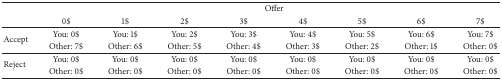
|  | <COLSPAN=8> Offer |
 |  | 0$ | 1$ | 2$ | 3$ | 4$ | 5$ | 6$ | 7$ |
 | --- | --- | --- | --- | --- | --- | --- | --- | --- |
 | <ROWSPAN=2> Accept | You: 0$ | You: 1$ | You: 2$ | You: 3$ | You: 4$ | You: 5$ | You: 6$ | You: 7$ |
 | Other: 7$ | Other: 6$ | Other: 5$ | Other: 4$ | Other: 3$ | Other: 2$ | Other: 1$ | Other: 0$ |
 | <ROWSPAN=2> Reject | You: 0$ | You: 0$ | You: 0$ | You: 0$ | You: 0$ | You: 0$ | You: 0$ | You: 0$ |
 | Other: 0$ | Other: 0$ | Other: 0$ | Other: 0$ | Other: 0$ | Other: 0$ | Other: 0$ | Other: 0$ |